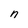
Character: n